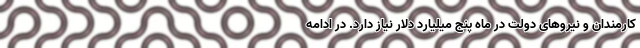
کارمندان و نیرو‌های دولت در ماه پنج میلیارد دلار نیاز دارد. در ادامه